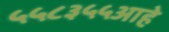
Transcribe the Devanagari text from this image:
५५८३५५आहे